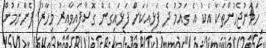
ހަމަނުޖެހުންތަކާ އެކު އެ ގައުމު ދެ ފަޅިއަކަށް ފަޅައިގެން ގޮސްފައިވާއިރު މިހާރު ފެންނަމުން